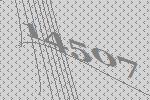
14507